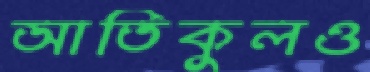
আতিকুলও